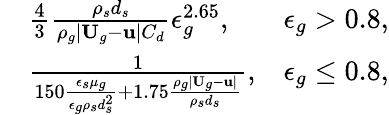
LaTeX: \begin{array}{rlr}&{\frac{4}{3}\frac{\rho_{s}d_{s}}{\rho_{g}|\textbf{U}_{g}-\textbf{u}|C_{d}}\epsilon_{g}^{2.65},}&{\epsilon_{g}>0.8,}\\ &{\frac{1}{150\frac{\epsilon_{s}\mu_{g}}{\epsilon_{g}\rho_{s}d_{s}^{2}}+1.75\frac{\rho_{g}|\textbf{U}_{g}-\textbf{u}|}{\rho_{s}d_{s}}},}&{\epsilon_{g}\le 0.8,}\end{array}